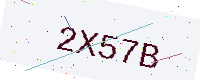
Text: 2X57B